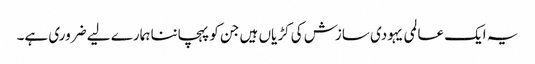
یہ ایک عالمی یہودی سازش کی کڑیاں ہیں جن کو پہچاننا ہمارے لیے ضروری ہے۔